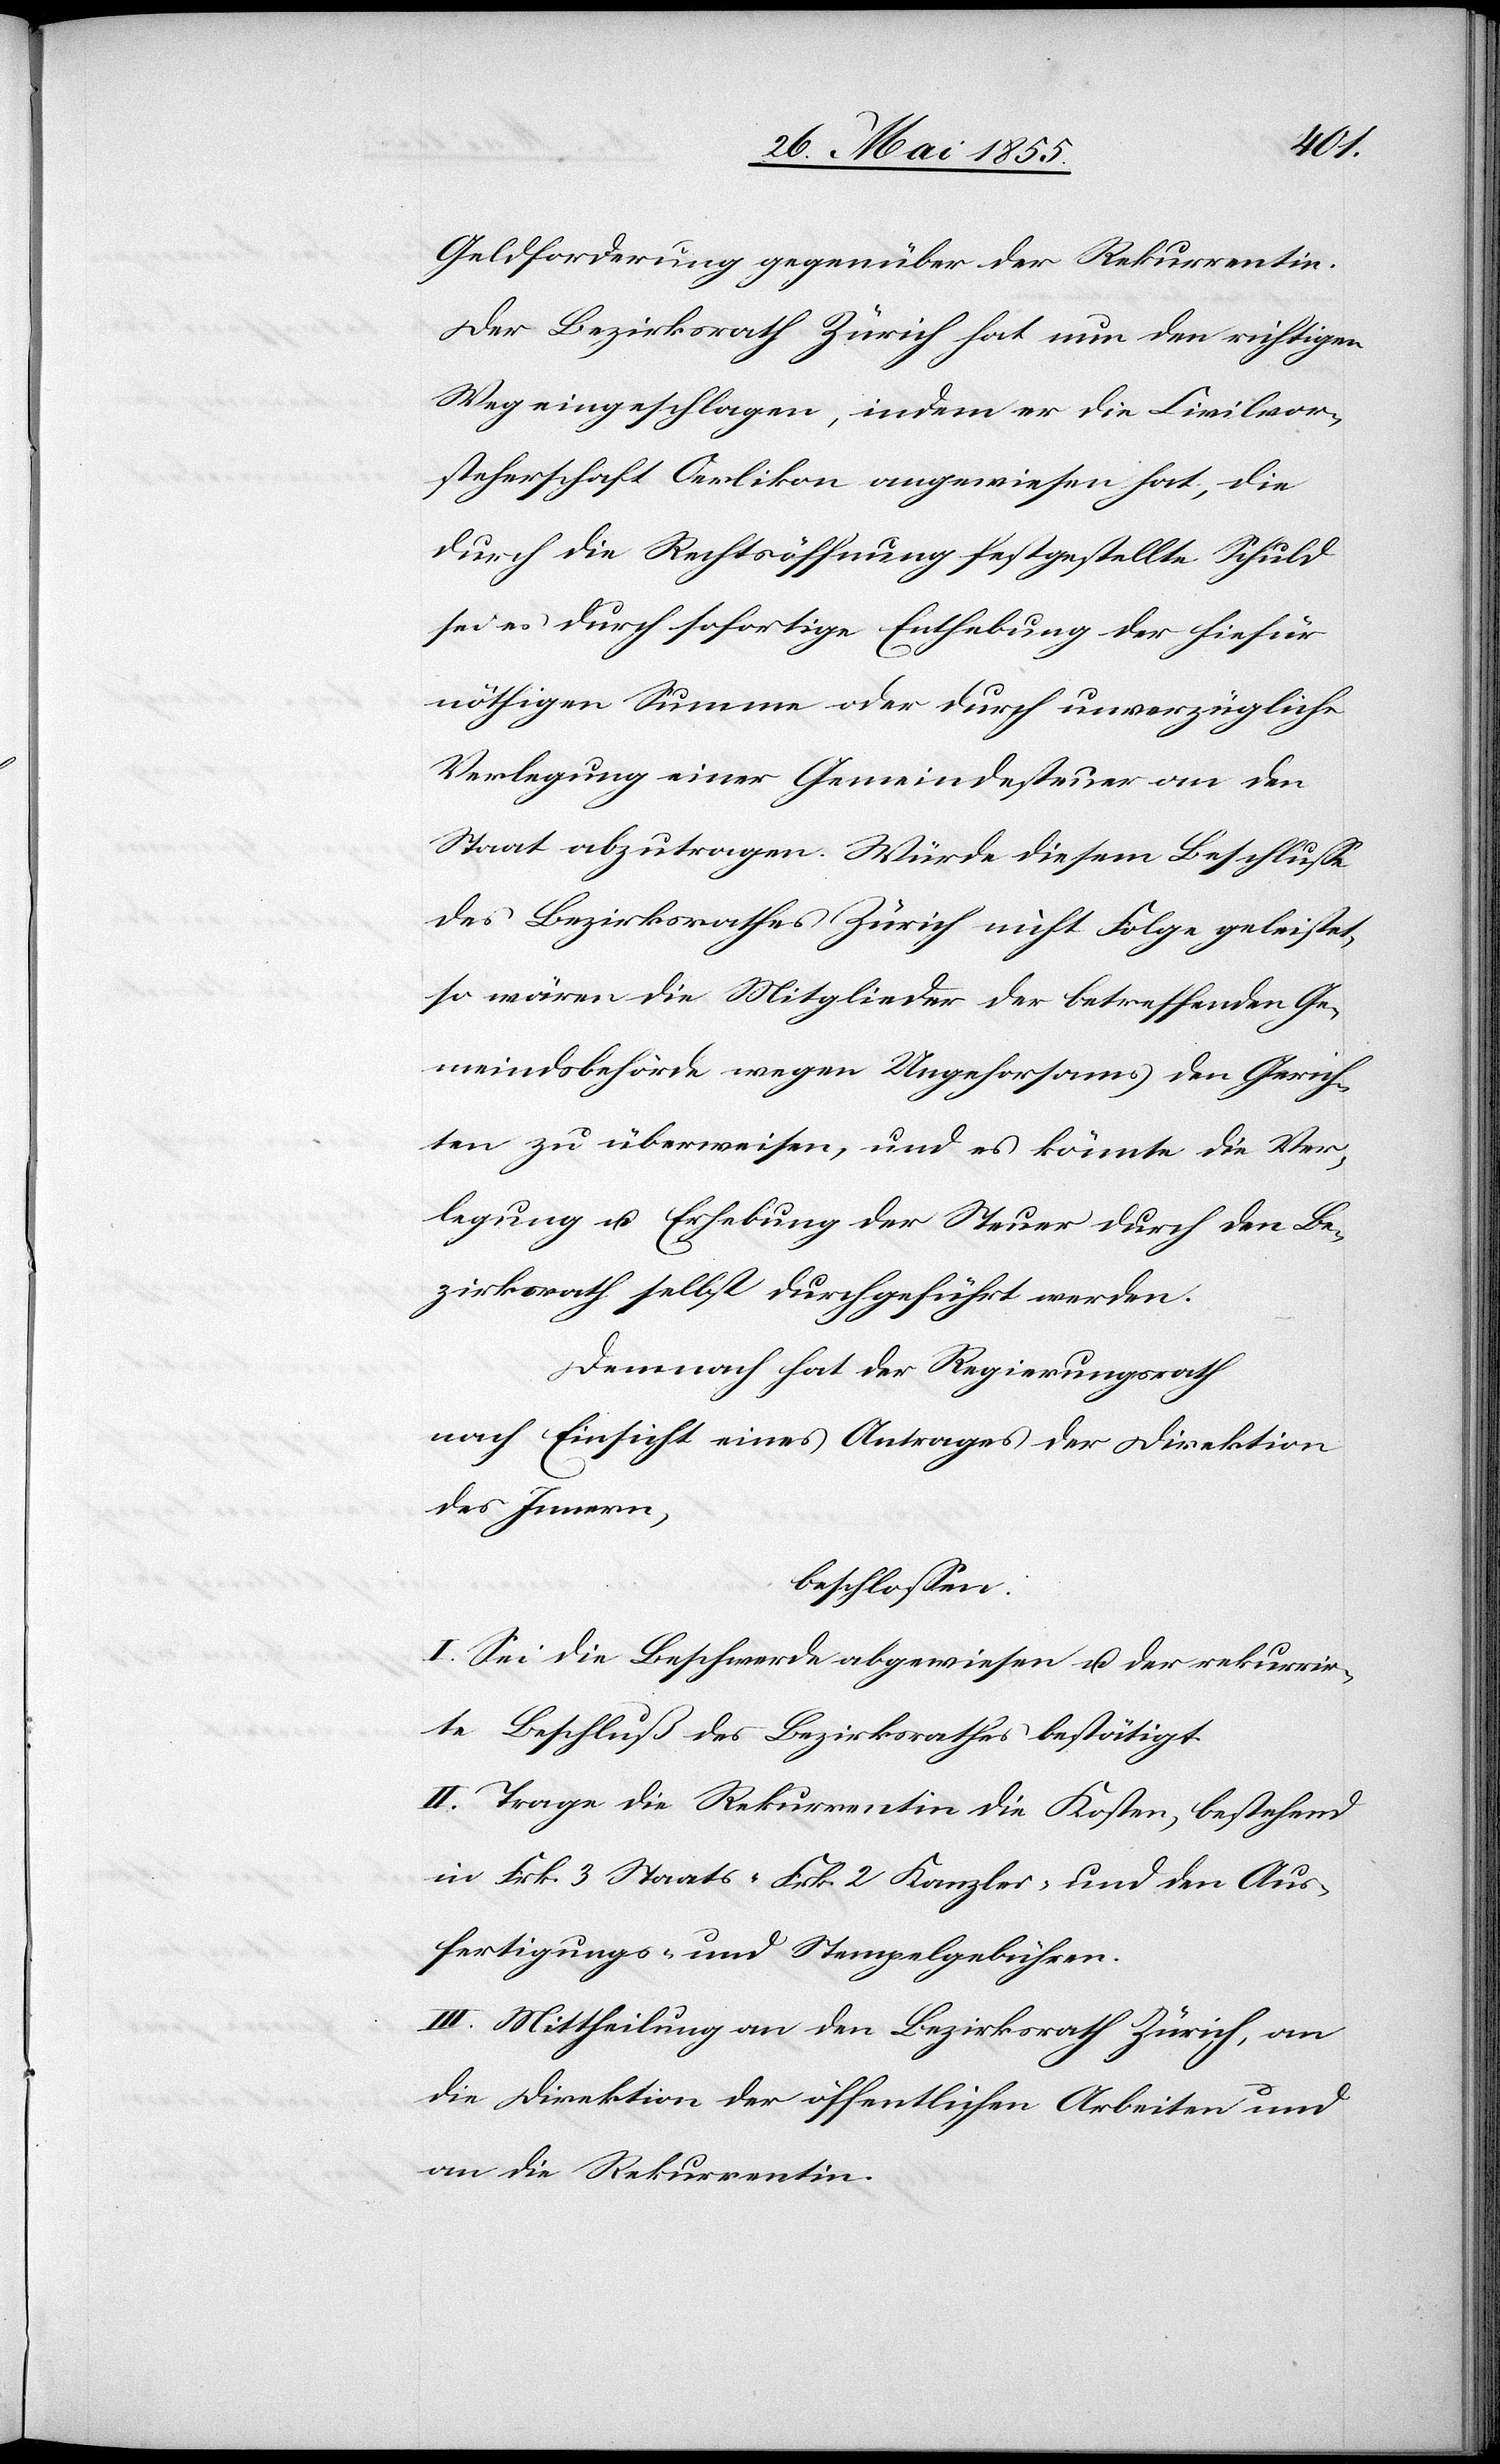
Geldforderung gegenüber der Rekurrentin.
Der Bezirksrath Zürich hat nun den richtigen
Weg eingeschlagen, indem er die Civilvor¬
steherschaft Oerlikon angewiesen hat, die
durch die Rechtsöffnung festgestellte Schuld
sei es durch sofortige Enthebung der hiefür
nöthigen Summe oder durch unverzügliche
Verlegung einer Gemeindesteuer an den
Staat abzutragen. Würde diesem Beschlusse
des Bezirksrathes Zürich nicht Folge geleistet,
so wären die Mitglieder der betreffenden Ge¬
meindsbehörde wegen Ungehorsams den Gerich¬
ten zu überweisen, und es könnte die Ver¬
legung u. Erhebung der Steuer durch den Be¬
zirksrath selbst durchgeführt werden.
Demnach hat der Regierungsrath
nach Einsicht eines Antrages der Direktion
des Innern,
beschlossen:
I. Sei die Beschwerde abgewiesen u. der rekurrir¬
te Beschluß des Bezirksrathes bestätigt.
II. Trage die Rekurrentin die Kosten, bestehend
in Frk. 3 Staats-[,] Frk. 2 Kanzlei- und den Aus¬
fertigungs- und Stempelgebühren.
III. Mittheilung an den Bezirksrath Zürich, an
die Direktion der öffentlichen Arbeiten und
an die Rekurrentin.